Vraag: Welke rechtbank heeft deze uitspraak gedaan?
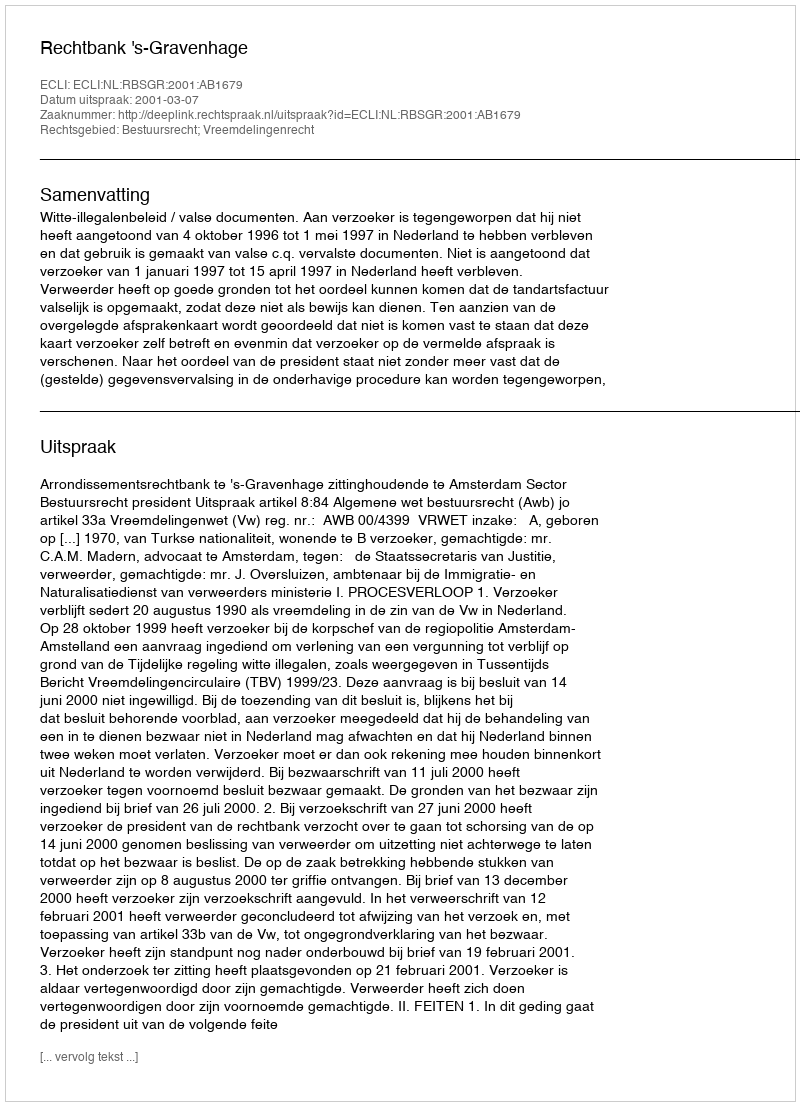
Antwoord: Rechtbank 's-Gravenhage